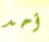
أحد